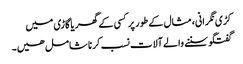
کڑی نگرانی، مثال کے طور پر کسی کے گھر یا گاڑی میں
گفتگو سننے والے آلات نسب کرنا شامل ھیں۔